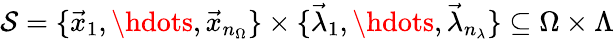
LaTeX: \mathcal{S}=\{ \vec{x}_{1},\hdots,\vec{x}_{n_{\Omega}}\} \times\{ \vec{\lambda}_{1},\hdots,\vec{\lambda}_{n_{\lambda}}\} \subseteq\Omega\times\Lambda